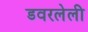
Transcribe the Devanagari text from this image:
डवरलेली